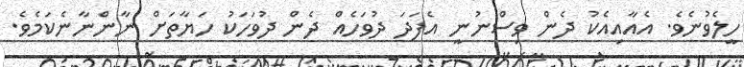
ހީލެވުނެވެ. އެއާއިއެކު ދެން ވިސްނުނީ އެފަދަ ދުވަހެއް ދެން ދުވަހަކު ހަޔާތަށް ނާންނާނެކަމެވެ.